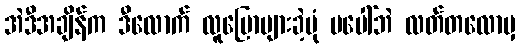
အဲဒီအချိန်က ဒီလောက် လူပြောများခဲ့ပုံ မပေါ်ဘဲ လတ်တလောမှ